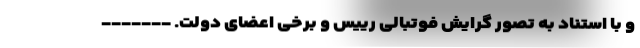
و با استناد به تصور گرایش فوتبالی رییس و برخی اعضای دولت. -------